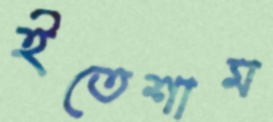
ইতেশাম